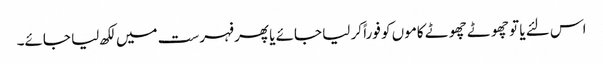
اس لئے یا تو چھوٹے چھوٹے کاموں کو فوراً کر لیا جائے یا پھر فہرست میں لکھ لیا جائے۔